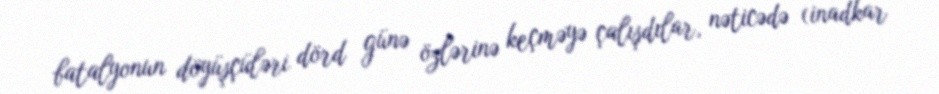
batalyonun döyüşçüləri dörd günə özlərinə keçməyə çalışdılar, nəticədə (inadkar